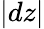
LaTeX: |dz|